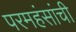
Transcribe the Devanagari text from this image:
परमहंसांची